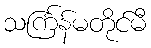
သင်္ကြန်မတိုင်မီ